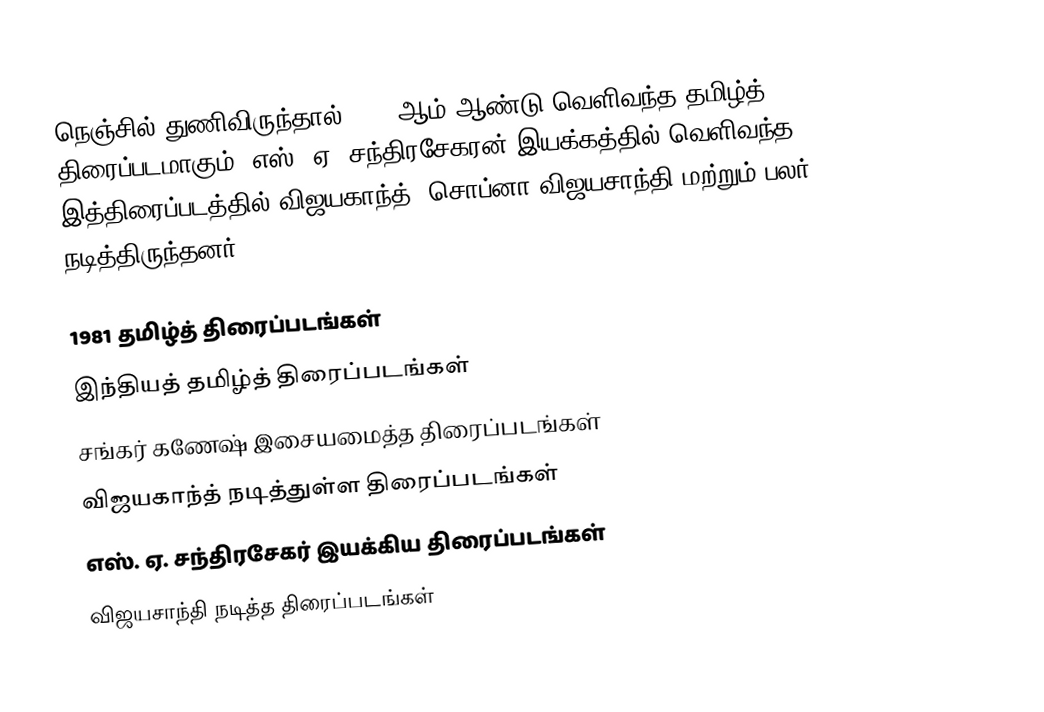
நெஞ்சில் துணிவிருந்தால் 1981 ஆம் ஆண்டு வெளிவந்த தமிழ்த் திரைப்படமாகும். எஸ். ஏ. சந்திரசேகரன் இயக்கத்தில் வெளிவந்த இத்திரைப்படத்தில் விஜயகாந்த், சொப்னா விஜயசாந்தி மற்றும் பலர் நடித்திருந்தனர்.

1981 தமிழ்த் திரைப்படங்கள்
இந்தியத் தமிழ்த் திரைப்படங்கள்
சங்கர் கணேஷ் இசையமைத்த திரைப்படங்கள்
விஜயகாந்த் நடித்துள்ள திரைப்படங்கள்
எஸ். ஏ. சந்திரசேகர் இயக்கிய திரைப்படங்கள்
விஜயசாந்தி நடித்த திரைப்படங்கள்